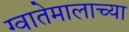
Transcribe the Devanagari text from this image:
ग्वातेमालाच्या